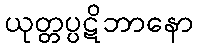
ယုတ္တပ္ပဋိဘာနော